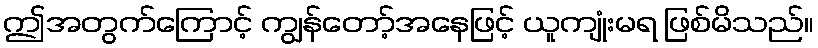
ဤအတွက်ကြောင့် ကျွန်တော့်အနေဖြင့် ယူကျုံးမရ ဖြစ်မိသည်။